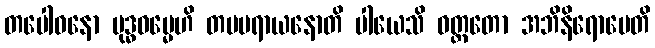
တပေါဓနော ဗုဒ္ဓဓမ္မေဟိ တမပရာယနောတိ ပါယေသိ ဝတ္တတော အဘိနိရောပေတိ